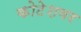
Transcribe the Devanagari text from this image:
कोटेशवर